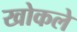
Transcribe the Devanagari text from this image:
खोकले